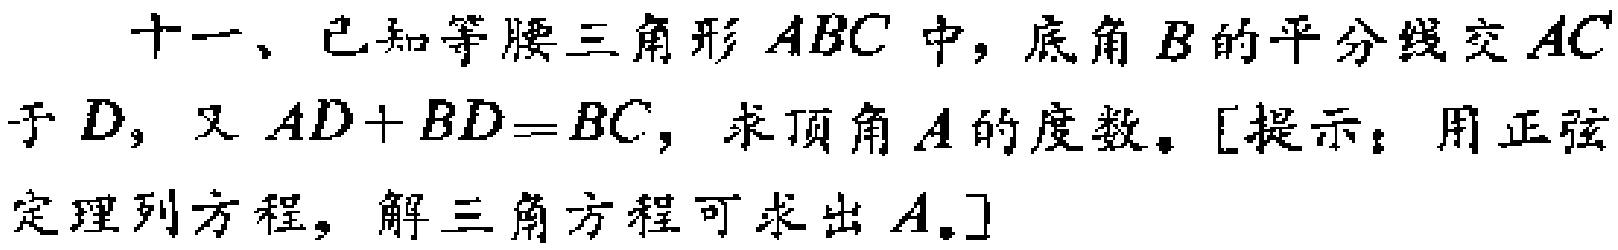
十一、已知等腰三角形 \(ABC\) 中，底角 \(B\) 的平分线交 \(AC\) 于 \(D\)，又 \(AD + BD=BC\)，求顶角 \(A\) 的度数。[提示：用正弦定理列方程，解三角方程可求出 \(A\)。]